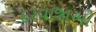
દરવાજાઓ